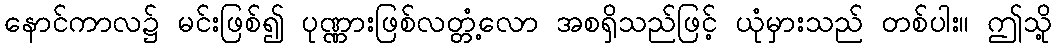
နောင်ကာလ၌ မင်းဖြစ်၍ ပုဏ္ဏားဖြစ်လတ္တံ့လော အစရှိသည်ဖြင့် ယုံမှားသည် တစ်ပါး။ ဤသို့